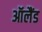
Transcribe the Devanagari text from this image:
ऑलैंड